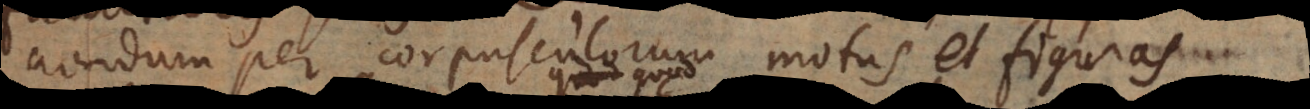
nondum per corpusculorum motus et figuras